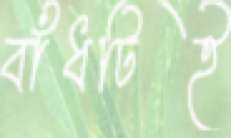
বাঁধটিই